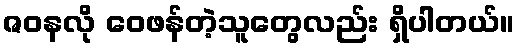
ဇဝနလို ဝေဖန်တဲ့သူတွေလည်း ရှိပါတယ်။